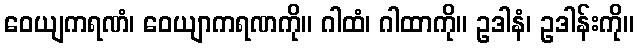
ဝေယျကရဏံ၊ ဝေယျာကရဏကို။ ဂါထံ၊ ဂါထာကို။ ဥဒါနံ၊ ဥဒါန်းကို။